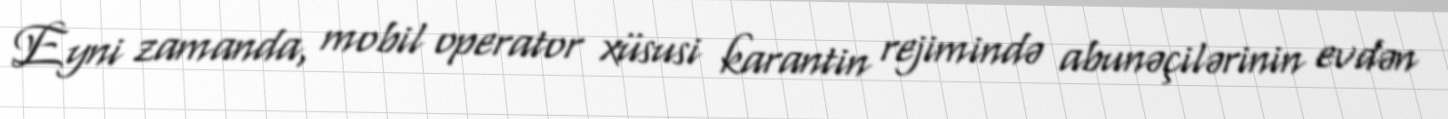
Eyni zamanda, mobil operator xüsusi karantin rejimində abunəçilərinin evdən